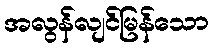
အလွန်လျင်မြန်သော